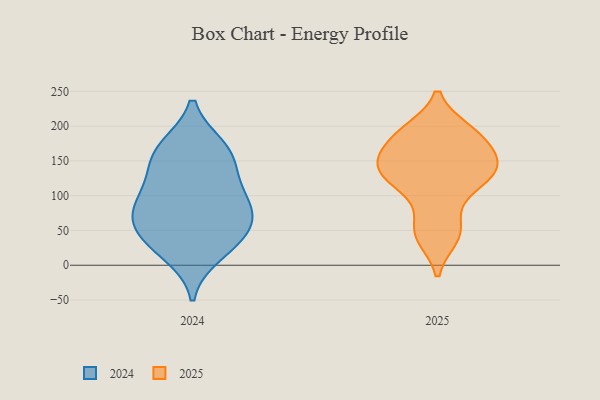
{"axis": {"x": "Market Share (%)", "y": "Value"}, "legend": ["2024", "2025"], "data": [{"x": "", "y": 126, "type": "2025"}, {"x": "", "y": 192, "type": "2025"}, {"x": "", "y": 147, "type": "2025"}, {"x": "", "y": 194, "type": "2025"}, {"x": "", "y": 40, "type": "2025"}, {"x": "", "y": 163, "type": "2025"}, {"x": "", "y": 172, "type": "2025"}, {"x": "", "y": 135, "type": "2025"}, {"x": "", "y": 43, "type": "2025"}, {"x": "", "y": 61, "type": "2025"}, {"x": "", "y": 120, "type": "2025"}, {"x": "", "y": 191, "type": "2025"}, {"x": "", "y": 142, "type": "2025"}, {"x": "", "y": 144, "type": "2025"}, {"x": "", "y": 105, "type": "2025"}, {"x": "", "y": 87, "type": "2024"}, {"x": "", "y": 167, "type": "2024"}, {"x": "", "y": 121, "type": "2024"}, {"x": "", "y": 170, "type": "2024"}, {"x": "", "y": 16, "type": "2024"}, {"x": "", "y": 78, "type": "2024"}, {"x": "", "y": 85, "type": "2024"}, {"x": "", "y": 34, "type": "2024"}, {"x": "", "y": 161, "type": "2024"}, {"x": "", "y": 129, "type": "2024"}, {"x": "", "y": 71, "type": "2024"}, {"x": "", "y": 37, "type": "2024"}, {"x": "", "y": 53, "type": "2024"}]}